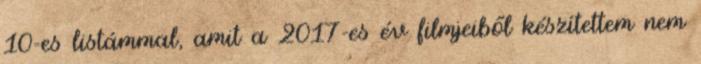
10-es listámmal, amit a 2017-es év filmjeiből készítettem nem